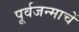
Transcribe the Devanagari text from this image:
पूर्वजन्माचें